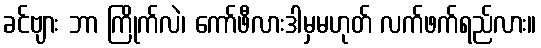
ခင်ဗျား ဘာ ကြိုက်လဲ၊ ကော်ဖီလားဒါမှမဟုတ် လက်ဖက်ရည်လား။